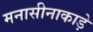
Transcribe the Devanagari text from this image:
मनासीनाकाड़े